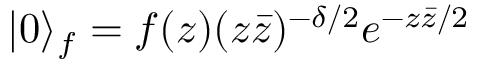
| 0 \rangle _ { f } = f ( z ) ( z \bar { z } ) ^ { - \delta / 2 } e ^ { - z \bar { z } / 2 }